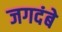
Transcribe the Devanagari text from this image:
जगदंबे